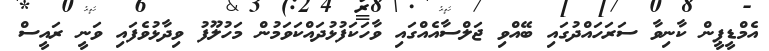
އެމްޑީޕީން ކާނިވާ ސަރަހައްދުގައި ބޭއްވި ޖަލްސާއެއްގައި ވާހަކަފުޅުދައްކަވަމުން މަހުލޫފު ވިދާޅުވެފައި ވަނީ ރައީސް